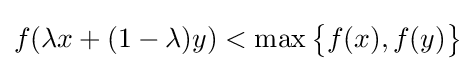
f(\lambda x+(1-\lambda )y)<\max {\big \{}f(x),f(y){\big \}}